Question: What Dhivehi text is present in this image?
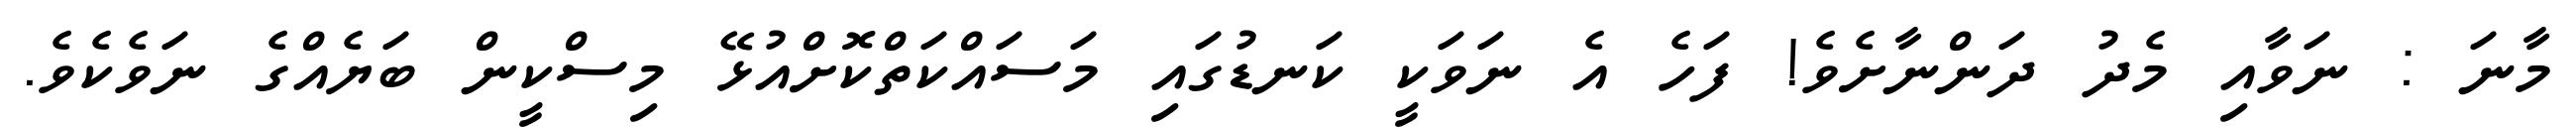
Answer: މާނަ : ނަވާއި މެދު ދަންނާށެވެ! ފަހެ އެ ނަވަކީ ކަނޑުގައި މަސައްކަތްކޮށްއުޅޭ މިސްކީން ބަޔެއްގެ ނަވެކެވެ.